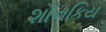
શૌનકિય